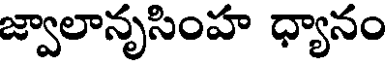
జ్వాలానృసింహ ధ్యానం